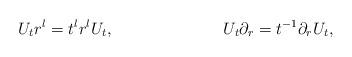
LaTeX: \begin{align*}U_tr^l=t^lr^lU_t, && U_t\partial_r=t^{-1}\partial_rU_t,\end{align*}